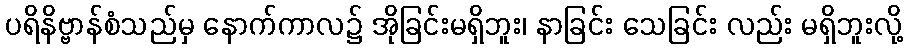
ပရိနိဗ္ဗာန်စံသည်မှ နောက်ကာလ၌ အိုခြင်းမရှိဘူး၊ နာခြင်း သေခြင်း လည်း မရှိဘူးလို့